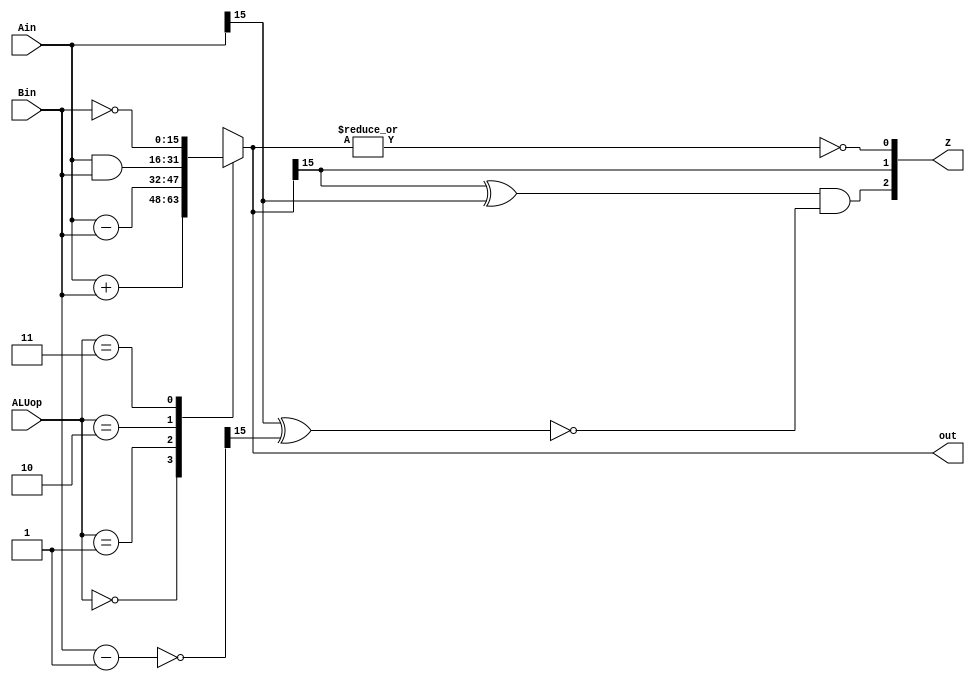
module ALU(Ain, Bin, ALUop, out, Z);
   input [15:0] Ain, Bin;
   input [1:0] 	ALUop;
   output reg [15:0] out;
   output [2:0] Z;
   wire [15:0] 	negBin;

   assign negBin = ~(Bin - 1'b1);

   //If out is zero Z is 1 otherwise Z is 0
   assign Z[0] = ~| out;
   assign Z[1] = out[15];
   assign Z[2] = (out[15]^Ain[15]) & ~(Ain[15]^negBin[15]); 
 
   //Assigns out to be a logical operation of Ain and Bin based off ALUop
   always @(*) begin
      case (ALUop)
	2'b00 : out = Ain + Bin;
	2'b01 : out = Ain - Bin;
	2'b10 : out = Ain & Bin;
	2'b11 : out = ~Bin;
	default : out = {16{1'bx}};
      endcase // case (ALUop)
   end
endmodule // ALU